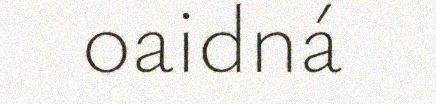
oaidná